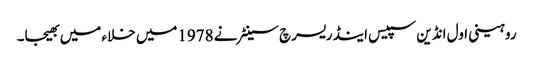
روہینی اول انڈین سپیس اینڈ ریسرچ سینٹر نے 1978میں خلاء میں بھیجا۔